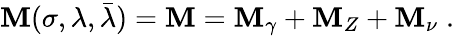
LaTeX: {\cal\mathbf{M}}(\sigma,\lambda,\bar{{\lambda}})={\cal\mathbf{M}}={\cal\mathbf{M}}_{\gamma}+{\cal\mathbf{M}}_{Z}+{\cal\mathbf{M}}_{\nu}\; .